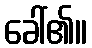
ခေါ်၏။